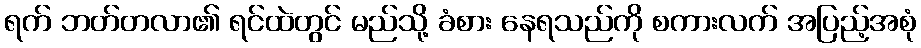
ရက် ဘတ်တလာ၏ ရင်ထဲတွင် မည်သို့ ခံစား နေရသည်ကို စကားလက် အပြည့်အစုံ